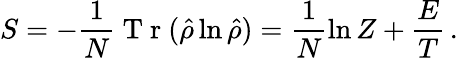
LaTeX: S=-\frac{1}{N}\mathrm{~T~r~}(\hat{\rho}\ln\hat{\rho})=\frac{1}{N}\ln Z+\frac{E}{T}\, .